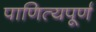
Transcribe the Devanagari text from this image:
पाणित्यपूर्ण